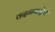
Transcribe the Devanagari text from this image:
वदनगाङ्गेय